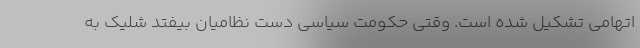
اتهامی تشکیل شده است. وقتی حکومت سیاسی دست نظامیان بیفتد شلیک به